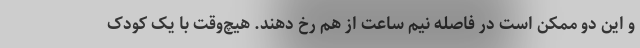
و این دو ممکن است در فاصله نیم ساعت از هم رخ دهند. هیچ‌وقت با یک کودک